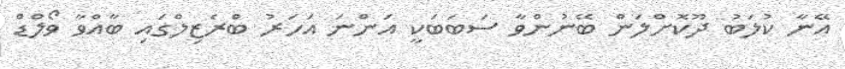
އޭނާ ކުލަބު ދޫކޮށްލަން ބޭނުންވާ ސަބަބަކީ އަންނަ އަހަރު ބްރެޒިލްގައި ބާއްވާ ވޯލްޑް